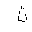
Letter: _ta